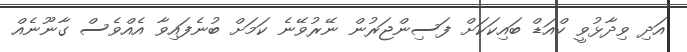
އަދި ވިދާޅުވީ ކްއަޑް ބައިކަކަށް ފަސިންޖަރުން ނޭރުވޭނެ ކަމަށް ބުނެފައިވާ އެއްވެސް ގާނޫނެއް